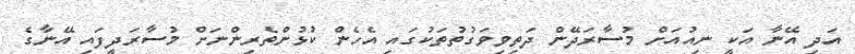
އަދި އޭނާ އަކީ ނިއުއަށް މުސާރަދޭން ދަތިވިވަގުތުތަކުގައި އެހެން ކުޅުންތެރިންނަށް މުސާރަދީފައި އޭނާގެ